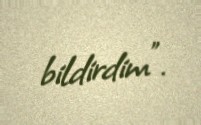
bildirdim”.